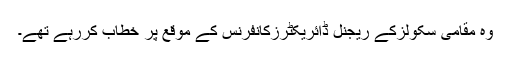
وہ مقامی سکولزکے ریجنل ڈائریکٹرزکانفرنس کے موقع پر خطاب کررہے تھے۔